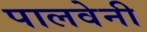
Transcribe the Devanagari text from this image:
पालवेनी